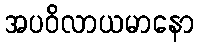
အပဝိလာယမာနော